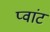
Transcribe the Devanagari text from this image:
प्वांट